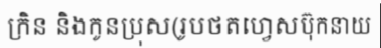
ក្រិន និងកូនប្រុស(រូបថតហ្វេសប៊ុកនាយ